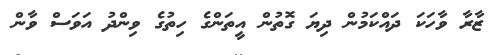
ޒާރާ ވާހަކަ ދައްކަމުން ދިޔަ ގޮތުން އީތަންގެ ހިތުގެ ވިންދު އަވަސް ވާން